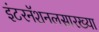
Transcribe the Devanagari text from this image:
इंटरनॅशनलसारख्या